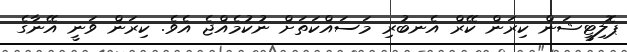
ޕޮލިޓީޝަން ކިރަން ކޭރް އެނބުރި މަސައްކަތަށް ނުކުމެއްޖެ އެވެ. ކިރަން ވަނީ އޭނާގެ